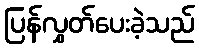
ပြန်လွှတ်ပေးခဲ့သည်